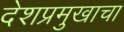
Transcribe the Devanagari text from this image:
देशप्रमुखाचा